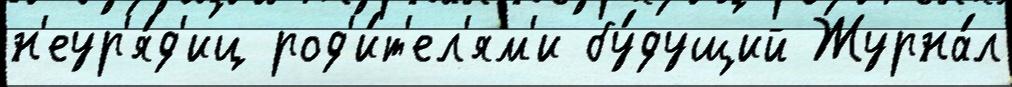
н'еур'я́д'иц род'и́т'ел'ям'и бу́дущий Журна́л